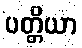
ပတ္တိယာ